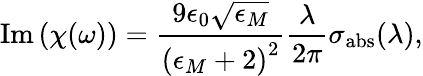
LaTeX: \operatorname{Im}\left(\chi(\omega)\right)=\frac{9\epsilon_{0}\sqrt{\epsilon_{M}}}{\left(\epsilon_{M}+2\right)^{2}}\frac{\lambda}{2\pi}\sigma_{\mathrm{abs}}(\lambda),